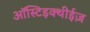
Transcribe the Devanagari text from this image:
ऑस्टिइक्थीईज़